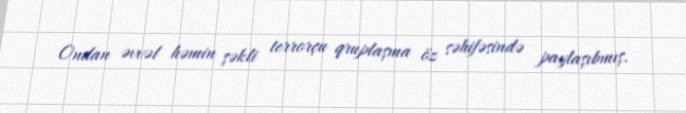
Ondan əvvəl həmin şəkli terrorçu qruplaşma öz səhifəsində paylaşıbmış.